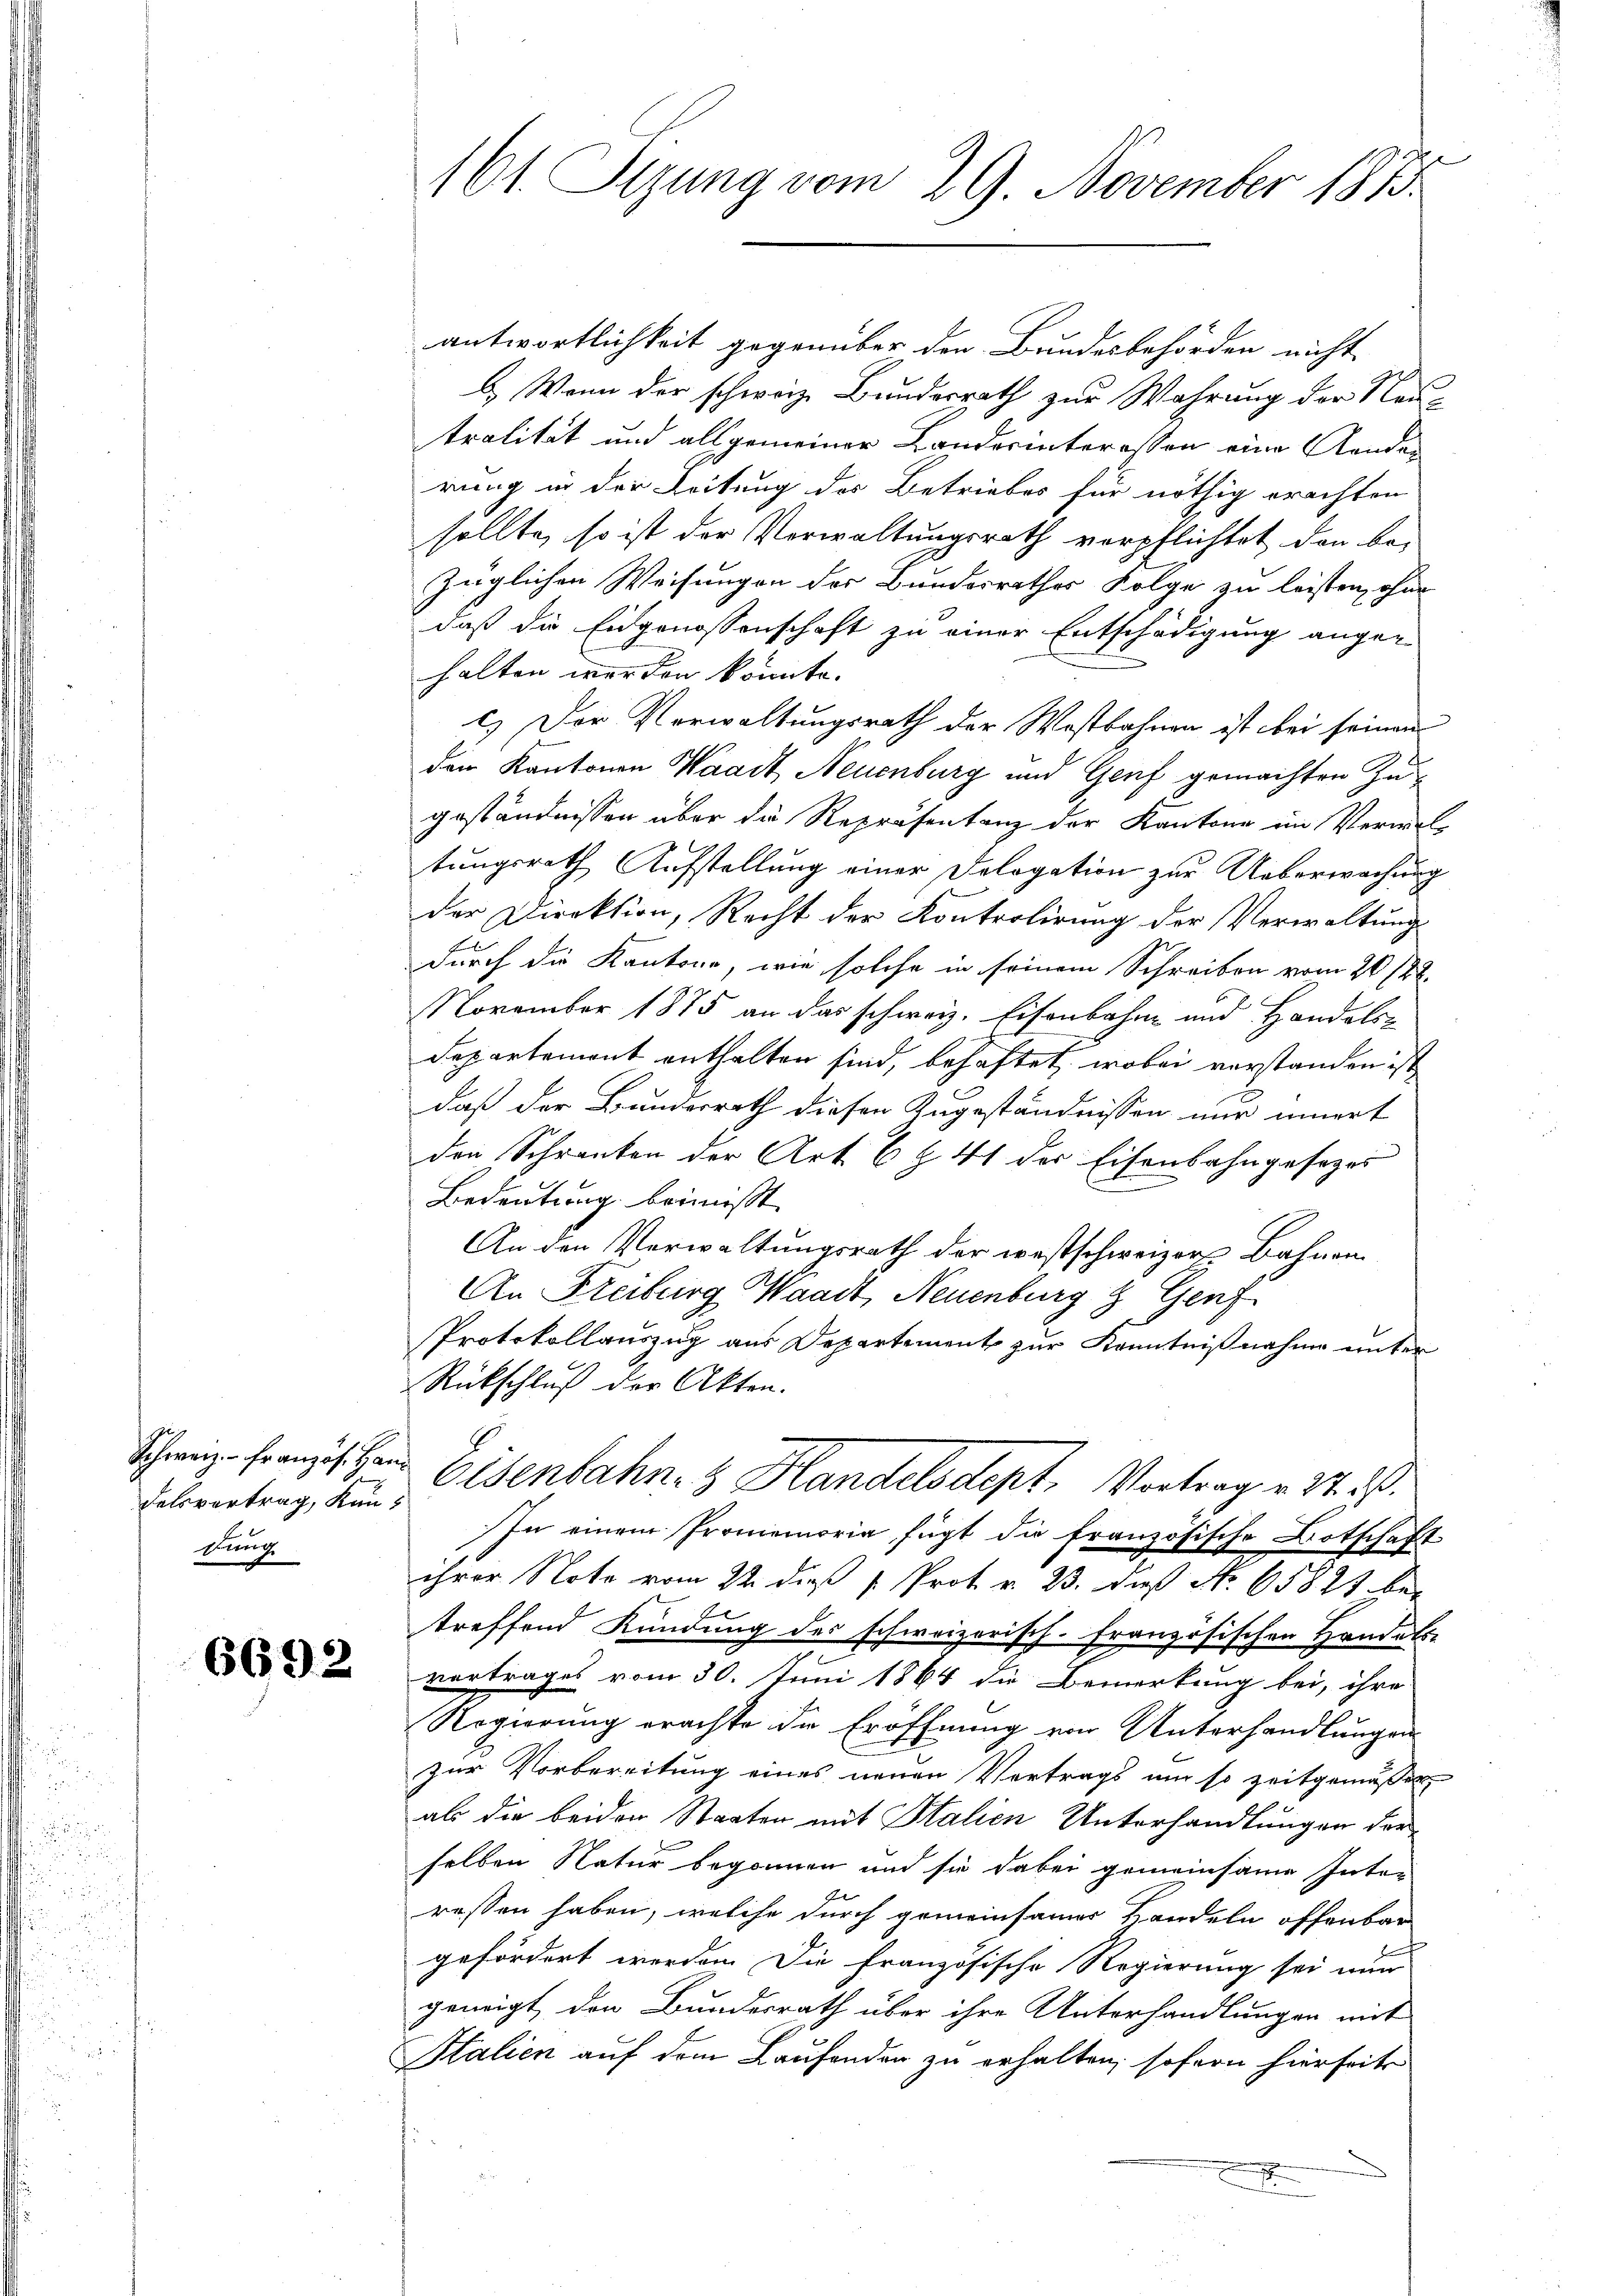
Felsvertrag, Kan¬
Faut

6692

161. Sizung vom 29. November 1873.

antwortlichkeit gegenüber den Bundesbehörden nicht
b. Wenn der schweiz Bundesrath zur Wahrung der Neu-
tralität und allgemeiner Landerinteressen eine Aenderung in der Leitung des Betriebes für nöthig erachten
sollte, so ist der Verwaltungsrath verpflichtet, den be-
züglichen Weisungen des Bundesrathes Folge zu leisten, ohne
daß die Eidgenossenschaft zu einer Entschädigung ange-
halten werden könnte.
c.) Der Verwaltungsrath der Wostbahnen ist bei seinen
den Kantonen Waadt Neuenburg und Genf gemachten Zugeständnissen über die Repräsentanz der Kantone im Verwaltungsrath Aufstellung einer Delogation zur Ueberwachung
der Direktion, Recht der Kontrolirung der Verwaltung
durch die Kantone, wie solche in seinem Schreiben vom 20./22.
November 1875 an das schweiz. Eisenbahn und Handels-
Departement enthalten sind, behaftet, wobei vorstanden ist
daß der Bundesrath diesen Zugeständnissen nur innert
den Schranken der Art. 6 § 41 der Eisenbahngesezes
Bedeutung beimisst |
An den Verwaltungsrath der westschweizer Bahnen
An Freiburg Waadt, Neuenburg & Genf
Protokollauszug aus Departement zur Kenntnißnahme unter
Rückschluß der Akten.
Schweiz. Franzischen Eisenbahn- & Handelsdept, Vortrag v. 24. ds.
In einem Promemoria fügt die französische Botschaft
ihrer Note vom 22. dieß P. Prot. v. 23. dieß No 65823 be-
treffend Kündung des schweizerisch-Französischen Handels-
vertrages vom 30. Juni 1864 die Bemerkung bei, ihre
Regierung erachte die Eröffnung von Unterhandlungen
zur Vorbereitung eines neuen Vertrags um so zeitgemäßer
ab die beiden Staaten mit Italien Unterhandlungen der
selben Natur begonnen und sie dabei gemeinsame Inter
ressen haben, welche durch gemeinsamer Handeln offenbar
gefördert werden. Die französische Regierung sei nur
geneigt, den Bundesrath über ihre Unterhandlungen mit
Stalien auf dem Laufenden zu erhalten, sofern hierseite
x